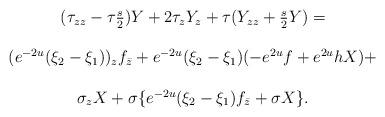
LaTeX: \begin{align*}\begin{array}{c} (\tau_{zz} -\tau \frac{s}{2})Y + 2 \tau_z Y_z + \tau (Y_{zz}+\frac{s}{2} Y) =\\\\ (e^{-2u}(\xi_2 - \xi_1))_z f_{\bar{z}} + e^{-2u}(\xi_2 - \xi_1) (-e^{2u} f + e^{2u} h X)+\\\\\sigma_z X + \sigma \{ e^{-2u}(\xi_2 - \xi_1) f_{\bar{z}} + \sigma X \}.\end{array}\end{align*}